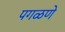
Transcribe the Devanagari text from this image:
पगळणे